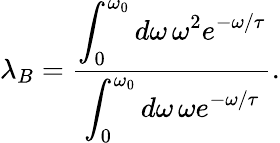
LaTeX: \lambda_{B}=\frac{\displaystyle\int_{0}^{\omega_{0}}d\omega\, \omega^{2}e^{-\omega/\tau}}{\displaystyle\int_{0}^{\omega_{0}}d\omega\, \omega e^{-\omega/\tau}}.